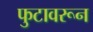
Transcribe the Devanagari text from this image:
फुटावरून